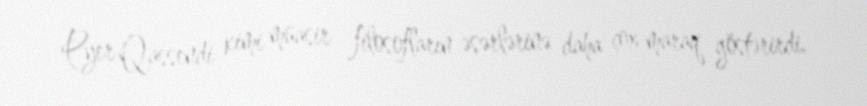
Pyer Qassendi kimi müasir filosofların əsərlərinə daha çox maraq göstərirdi.